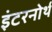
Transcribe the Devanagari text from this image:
इंटरनोर्थ